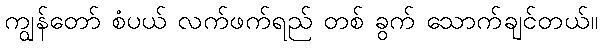
ကျွန်တော် စံပယ် လက်ဖက်ရည် တစ် ခွက် သောက်ချင်တယ်။